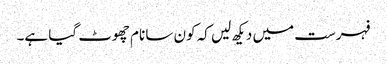
فہرست میں دیکھ لیں کہ کون سا نام چھوٹ گیا ہے۔